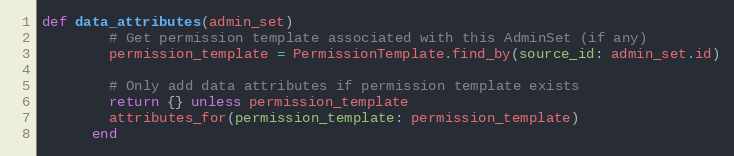
Language: Ruby
def data_attributes(admin_set)
        # Get permission template associated with this AdminSet (if any)
        permission_template = PermissionTemplate.find_by(source_id: admin_set.id)

        # Only add data attributes if permission template exists
        return {} unless permission_template
        attributes_for(permission_template: permission_template)
      end